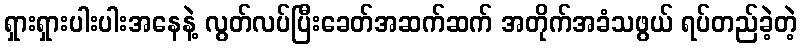
ရှားရှားပါးပါးအနေနဲ့ လွတ်လပ်ပြီးခေတ်အဆက်ဆက် အတိုက်အခံသဖွယ် ရပ်တည်ခဲ့တဲ့